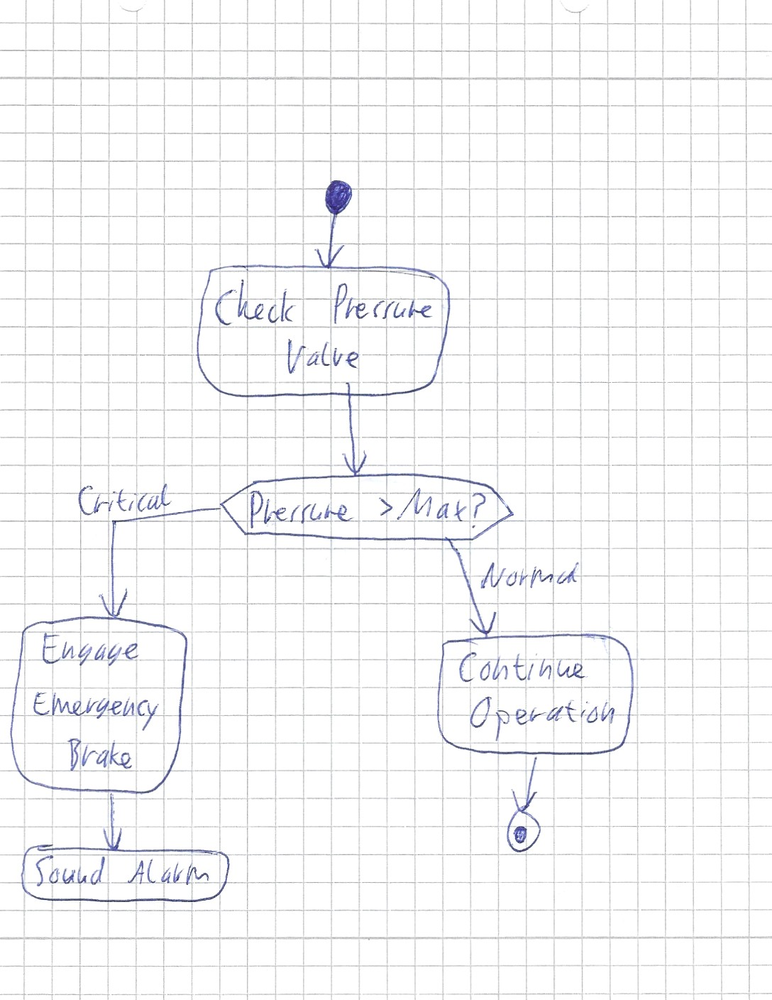
Diagram type: activity_diagram
```plantuml
@startuml

start
:Check Pressure Valve;
if (Pressure > Max?) then (Critical)
  :Engage Emergency Brake;
  :Sound Alarm;
  detach
else (Normal)
  :Continue Operation;
endif
stop

@enduml
```